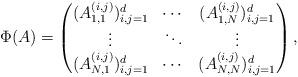
LaTeX: \begin{align*}\Phi(A) = \left(\begin{matrix}(A_{1,1}^{(i,j)})_{i,j=1}^d & \cdots & (A_{1,N}^{(i,j)})_{i,j=1}^d\\\vdots & \ddots & \vdots\\(A_{N,1}^{(i,j)})_{i,j=1}^d & \cdots & (A_{N,N}^{(i,j)})_{i,j=1}^d\end{matrix}\right),\end{align*}